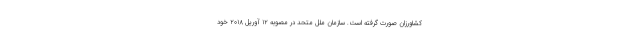
کشاورزان صورت گرفته است. سازمان ملل متحد در مصوبه ۱۲ آوریل ۲۰۱۸ خود